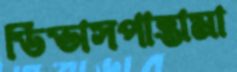
ডিভাসপান্তামা